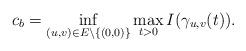
LaTeX: \begin{align*}c_{b}=\mathop{\inf}\limits_{(u,v)\in E\setminus\{(0,0)\}}\mathop{\max}\limits_{t>0}I(\gamma_{u,v}(t)).\end{align*}